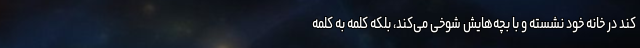
کند در خانه خود نشسته و با بچه‌هایش شوخی می‌کند، بلکه کلمه به کلمه